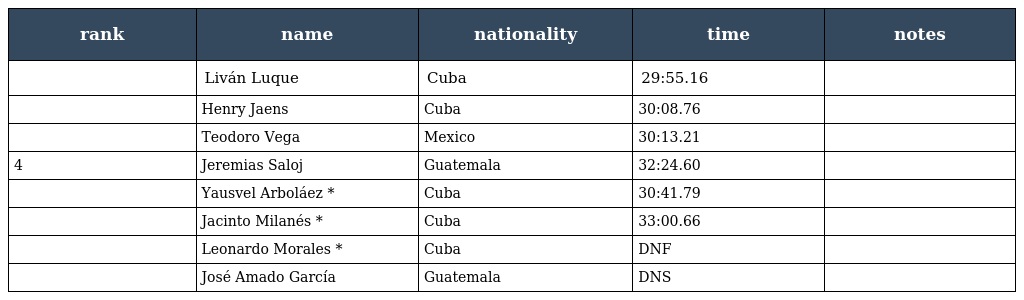
| rank | name | nationality | time | notes |
 | --- | --- | --- | --- | --- |
 |  | Liván Luque | Cuba | 29:55.16 |  |
 |  | Henry Jaens | Cuba | 30:08.76 |  |
 |  | Teodoro Vega | Mexico | 30:13.21 |  |
 | 4 | Jeremias Saloj | Guatemala | 32:24.60 |  |
 |  | Yausvel Arboláez * | Cuba | 30:41.79 |  |
 |  | Jacinto Milanés * | Cuba | 33:00.66 |  |
 |  | Leonardo Morales * | Cuba | DNF |  |
 |  | José Amado García | Guatemala | DNS |  |